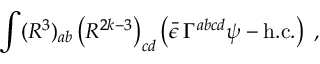
\int ( R ^ { 3 } ) _ { a b } \left( R ^ { 2 k - 3 } \right) _ { c d } \left( \bar { \epsilon } \, \Gamma ^ { a b c d } \psi - \mathrm { h . c . } \right) \; ,